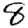
Digit: 8